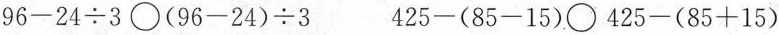
$$96-24\div 3\bigcirc (96-24)\div 3$$ $$425-(85-15)\bigcirc 425-(85+15)$$